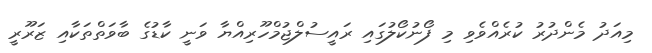
މިއަދު މެންދުރު ކުރެއްވެވި މި ފޯނުކޯލުގައި ރައީސުލްޖުމްހޫރިއްޔާ ވަނީ ކާޑުގެ ބާވަތްތަކާއި ޒަރޫރީ